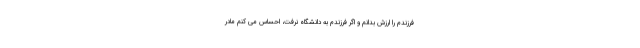
فرزندم را ارزش بدانم و اگر فرزندم به دانشگاه نرفت، احساس می کنم مادر